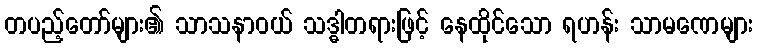
တပည့်တော်များ၏ သာသနာဝယ် သဒ္ဓါတရားဖြင့် နေထိုင်သော ရဟန်း သာမဏေများ